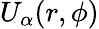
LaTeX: U_{\alpha}(r,\phi)